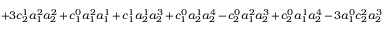
+ 3 c _ { 2 } ^ { 1 } a _ { 1 } ^ { 2 } a _ { 2 } ^ { 2 } + c _ { 1 } ^ { 0 } a _ { 1 } ^ { 2 } a _ { 1 } ^ { 1 } + c _ { 1 } ^ { 1 } a _ { 2 } ^ { 1 } a _ { 2 } ^ { 3 } + c _ { 1 } ^ { 0 } a _ { 2 } ^ { 1 } a _ { 2 } ^ { 4 } - c _ { 2 } ^ { 0 } a _ { 1 } ^ { 2 } a _ { 2 } ^ { 3 } + c _ { 2 } ^ { 0 } a _ { 1 } ^ { 1 } a _ { 2 } ^ { 4 } - 3 a _ { 1 } ^ { 0 } c _ { 2 } ^ { 2 } a _ { 2 } ^ { 3 }